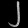
Digit: ၂